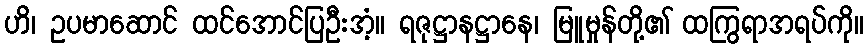
ဟိ၊ ဥပမာဆောင် ထင်အောင်ပြဦးအံ့။ ရဇုဋ္ဌာနဋ္ဌာနေ၊ မြူမှုန်တို့၏ ထကြွရာအရပ်ကို။